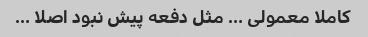
کاملا معمولی … مثل دفعه پیش نبود اصلا …